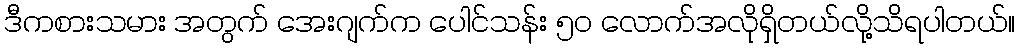
ဒီကစားသမား အတွက် အေးဂျက်က ပေါင်သန်း ၅၀ လောက်အလိုရှိတယ်လို့သိရပါတယ်။